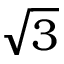
\sqrt { 3 }